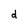
Character: d